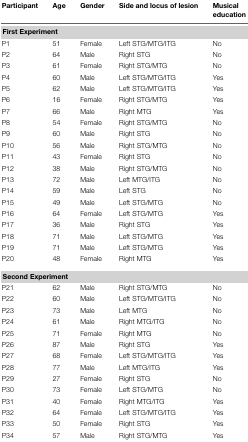
| Participant | Age | Gender | Side and locus of lesion | Musical education |
 | --- | --- | --- | --- | --- |
 | First Experiment |
 | P1 | 51 | Female | Left STG/MTG/ITG | No |
 | P2 | 64 | Male | Right STG | No |
 | P3 | 61 | Female | Right STG/MTG | No |
 | P4 | 60 | Male | Left STG/MTG/ITG | Yes |
 | P5 | 62 | Male | Left STG/MTG/ITG | Yes |
 | P6 | 16 | Female | Right STG/MTG | Yes |
 | P7 | 66 | Male | Right MTG | Yes |
 | P8 | 54 | Female | Right STG/MTG | No |
 | P9 | 60 | Male | Right STG | No |
 | P10 | 56 | Male | Right STG/MTG | No |
 | P11 | 43 | Female | Right STG | No |
 | P12 | 38 | Male | Right STG/MTG | No |
 | P13 | 72 | Male | Left MTG/ITG | No |
 | P14 | 59 | Male | Left STG | No |
 | P15 | 49 | Male | Left STG/MTG | No |
 | P16 | 64 | Female | Left STG/MTG | Yes |
 | P17 | 36 | Male | Right STG | Yes |
 | P18 | 71 | Male | Left STG/MTG | Yes |
 | P19 | 71 | Male | Left STG/MTG | Yes |
 | P20 | 48 | Female | Right MTG | Yes |
 | Second Experiment |
 | P21 | 62 | Male | Right STG/MTG | No |
 | P22 | 60 | Male | Left STG/MTG/ITG | No |
 | P23 | 73 | Male | Left MTG | No |
 | P24 | 61 | Male | Right MTG/ITG | No |
 | P25 | 71 | Female | Right MTG | No |
 | P26 | 87 | Male | Right STG | Yes |
 | P27 | 68 | Female | Left STG/MTG/ITG | Yes |
 | P28 | 77 | Male | Left MTG/ITG | Yes |
 | P29 | 27 | Female | Right STG | No |
 | P30 | 73 | Female | Left STG/MTG | No |
 | P31 | 40 | Female | Right MTG/ITG | Yes |
 | P32 | 64 | Female | Left STG/MTG/ITG | Yes |
 | P33 | 50 | Female | Right STG | Yes |
 | P34 | 57 | Male | Right STG/MTG | Yes |